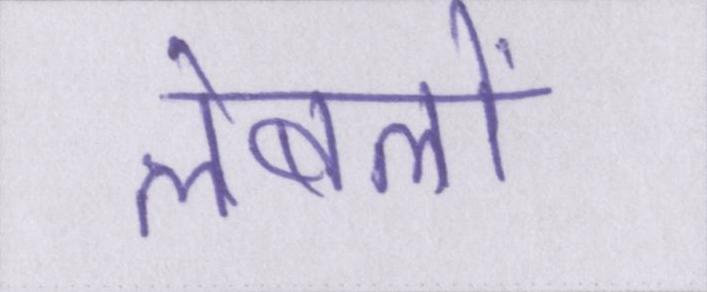
लेबलों